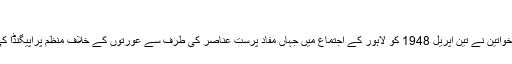
)
پاکستان کی خواتین نے تین اپریل 1948 کو لاہور کے اجتماع میں جہاں مفاد پرست عناصر کی طرف سے عورتوں کے خلاف منظم پراپیگنڈا کی مذمت کی۔